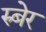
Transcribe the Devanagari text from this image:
रुबेर